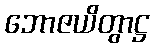
ဘောဇယိတွာဋ္ဌ